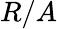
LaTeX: R/A